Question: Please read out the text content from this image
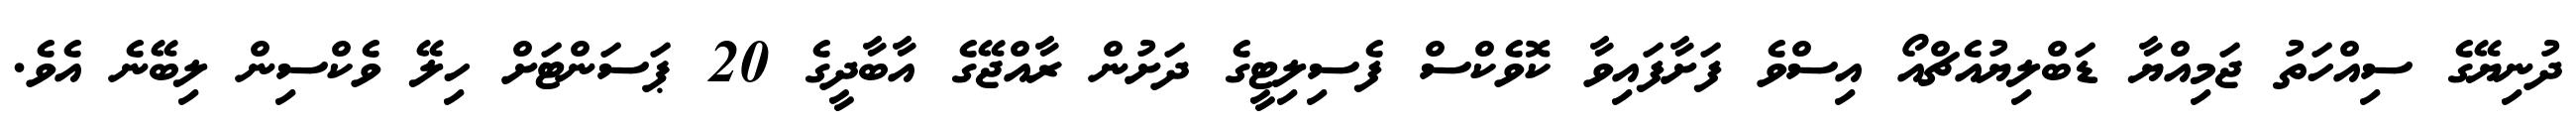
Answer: ދުނިޔޭގެ ސިއްހަތު ޖަމިއްޔާ ޑަބްލިޔުއެޗްއޯ އިސްވެ ފަށާފައިވާ ކޮވެކްސް ފެސިލިޓީގެ ދަށުން ރާއްޖޭގެ އާބާދީގެ 20 ޕަސަންޓަށް ހިލޭ ވެކްސިން ލިބޭނެ އެވެ.